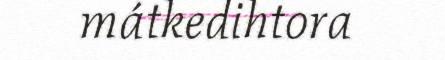
mátkedihtora